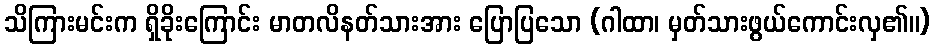
သိကြားမင်းက ရှိခိုးကြောင်း မာတလိနတ်သားအား ပြောပြသော (ဂါထာ၊ မှတ်သားဖွယ်ကောင်းလှ၏။)